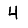
Digit: 4